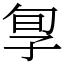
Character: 㝁